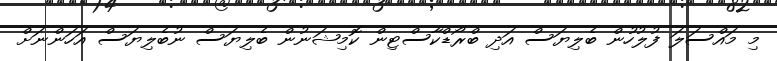
މި މައްސަލަ ފުލުހުން ބެލިޔަސް އަދި ބްރޯޑްކާސްޓިން ކޮމިޝަނުން ބެލިޔަސް ނުބެލިޔަސް އަހަންނަށް